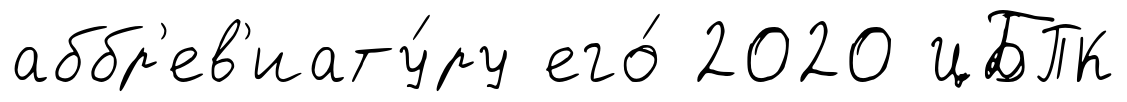
аббр'ев'иату́ру его́ 2020 ЦБПК